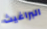
البراغيث